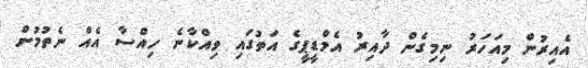
އެއިރުން މިއަހަރު ނިމިގެން ދާއިރު އެމްޑީޕީގެ އަތުގައި ވިއްކާނެ ހިއްސާ އެއް ނެތުމުން